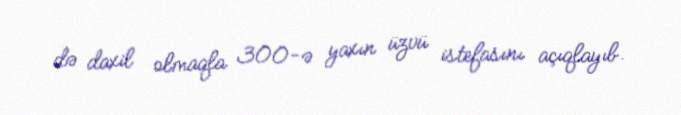
də daxil olmaqla 300-ə yaxın üzvü istefasını açıqlayıb.